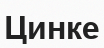
Цинке